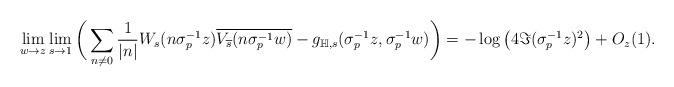
LaTeX: \begin{align*}&\lim_{w\rightarrow z}\lim_{s\rightarrow 1}\bigg(\sum_{n\neq0}\frac{1}{|n|}W_{s}(n\sigma_{p}^{-1}z)\overline{V_{\overline{s}}(n\sigma_{p}^{-1}w)}-g_{\mathbb{H},s}(\sigma_{p}^{-1}z,\sigma_{p}^{-1}w)\bigg)= -\log\big(4\Im(\sigma_{p}^{-1}z)^{2}\big)+O_{z}(1).\end{align*}